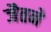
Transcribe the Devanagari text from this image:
जैतने